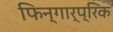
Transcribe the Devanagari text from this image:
फिन्गार्प्रिक